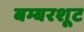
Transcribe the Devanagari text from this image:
बम्बरशूट